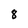
Character: 8